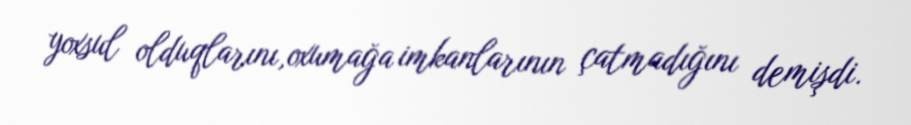
yoxsul olduqlarını,oxumağa imkanlarının çatmadığını demişdi.